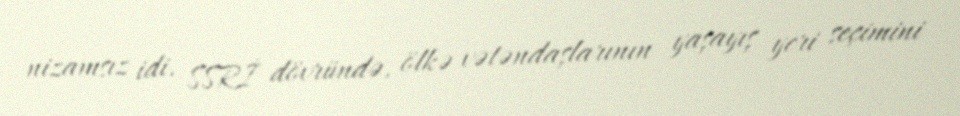
nizamsız idi. SSRİ dövründə, ölkə vətəndaşlarının yaşayış yeri seçimini